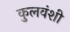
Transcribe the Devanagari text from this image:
कुलवंशी